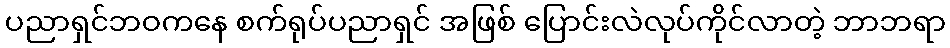
ပညာရှင်ဘဝကနေ စက်ရုပ်ပညာရှင် အဖြစ် ပြောင်းလဲလုပ်ကိုင်လာတဲ့ ဘာဘရာ